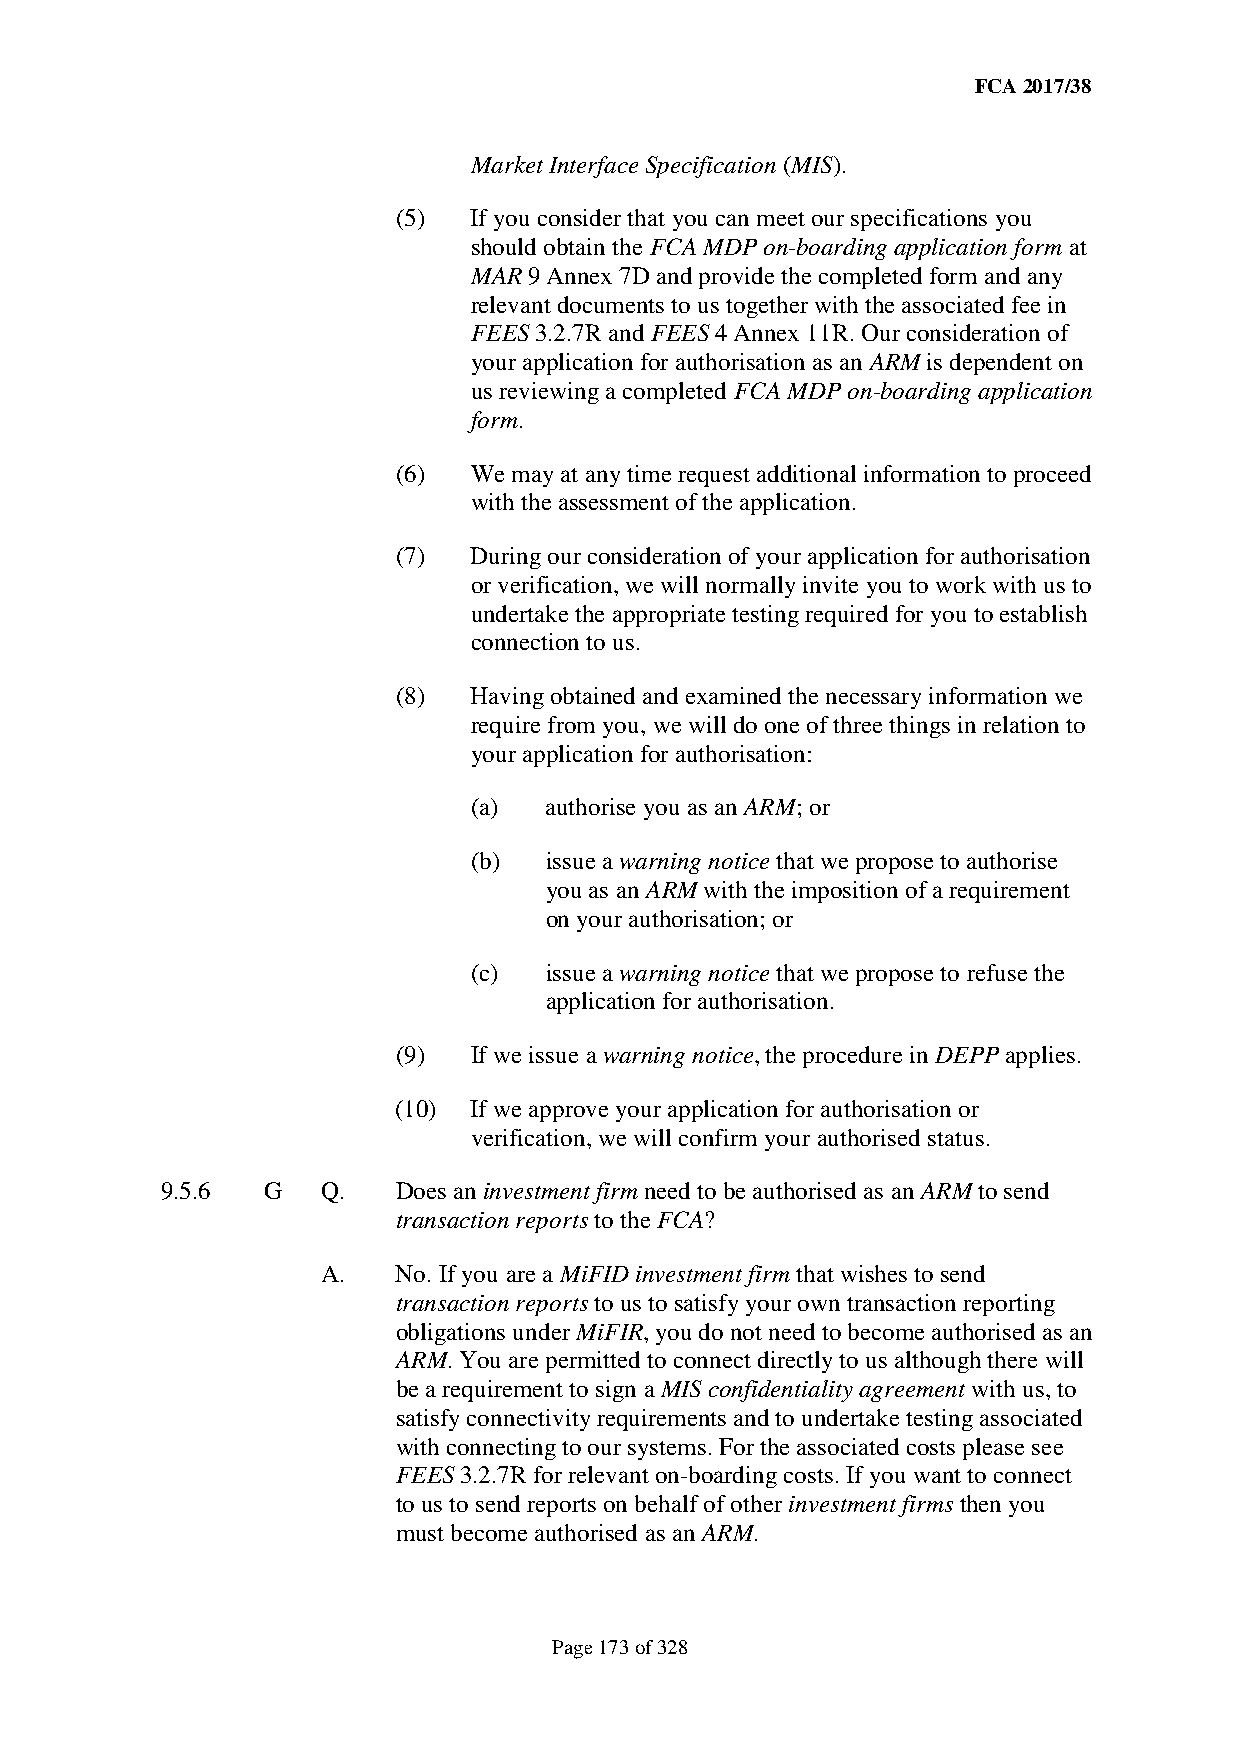
FCA 2017/38
 Market Interface Specification (MIS).
 (5)  If you consider that you can meet our specifications you
 should obtain the FCA MDP on-boarding application form at
 MAR 9 Annex 7D and provide the completed form and any
 relevant documents to us together with the associated fee in
 FEES 3.2.7R and FEES 4 Annex 11R. Our consideration of
 your application for authorisation as an ARM is dependent on
 us reviewing a completed FCA MDP on-boarding application
 form.
 (6)  We may at any time request additional information to proceed
 with the assessment of the application.
 (7)  During our consideration of your application for authorisation
 or verification, we will normally invite you to work with us to
 undertake the appropriate testing required for you to establish
 connection to us.
 (8)  Having obtained and examined the necessary information we
 require from you, we will do one of three things in relation to
 your application for authorisation:
 (a)  authorise you as an ARM; or
 (b)  issue a warning notice that we propose to authorise
 you as an ARM with the imposition of a requirement
 on your authorisation; or
 (c)  issue a warning notice that we propose to refuse the
 application for authorisation.
 (9)  If we issue a warning notice, the procedure in DEPP applies.
 (10) If we approve your application for authorisation or
 verification, we will confirm your authorised status.
 9.5.6 G   Q.   Does an investment firm need to be authorised as an ARM to send
 transaction reports to the FCA?
 A.   No. If you are a MiFID investment firm that wishes to send
 transaction reports to us to satisfy your own transaction reporting
 obligations under MiFIR, you do not need to become authorised as an
 ARM. You are permitted to connect directly to us although there will
 be a requirement to sign a MIS confidentiality agreement with us, to
 satisfy connectivity requirements and to undertake testing associated
 with connecting to our systems. For the associated costs please see
 FEES 3.2.7R for relevant on-boarding costs. If you want to connect
 to us to send reports on behalf of other investment firms then you
 must become authorised as an ARM.
 Page 173 of 328